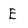
Character: E